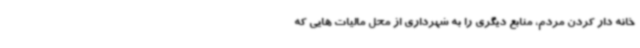
خانه دار کردن مردم، منابع دیگری را به شهرداری از محل مالیات هایی که